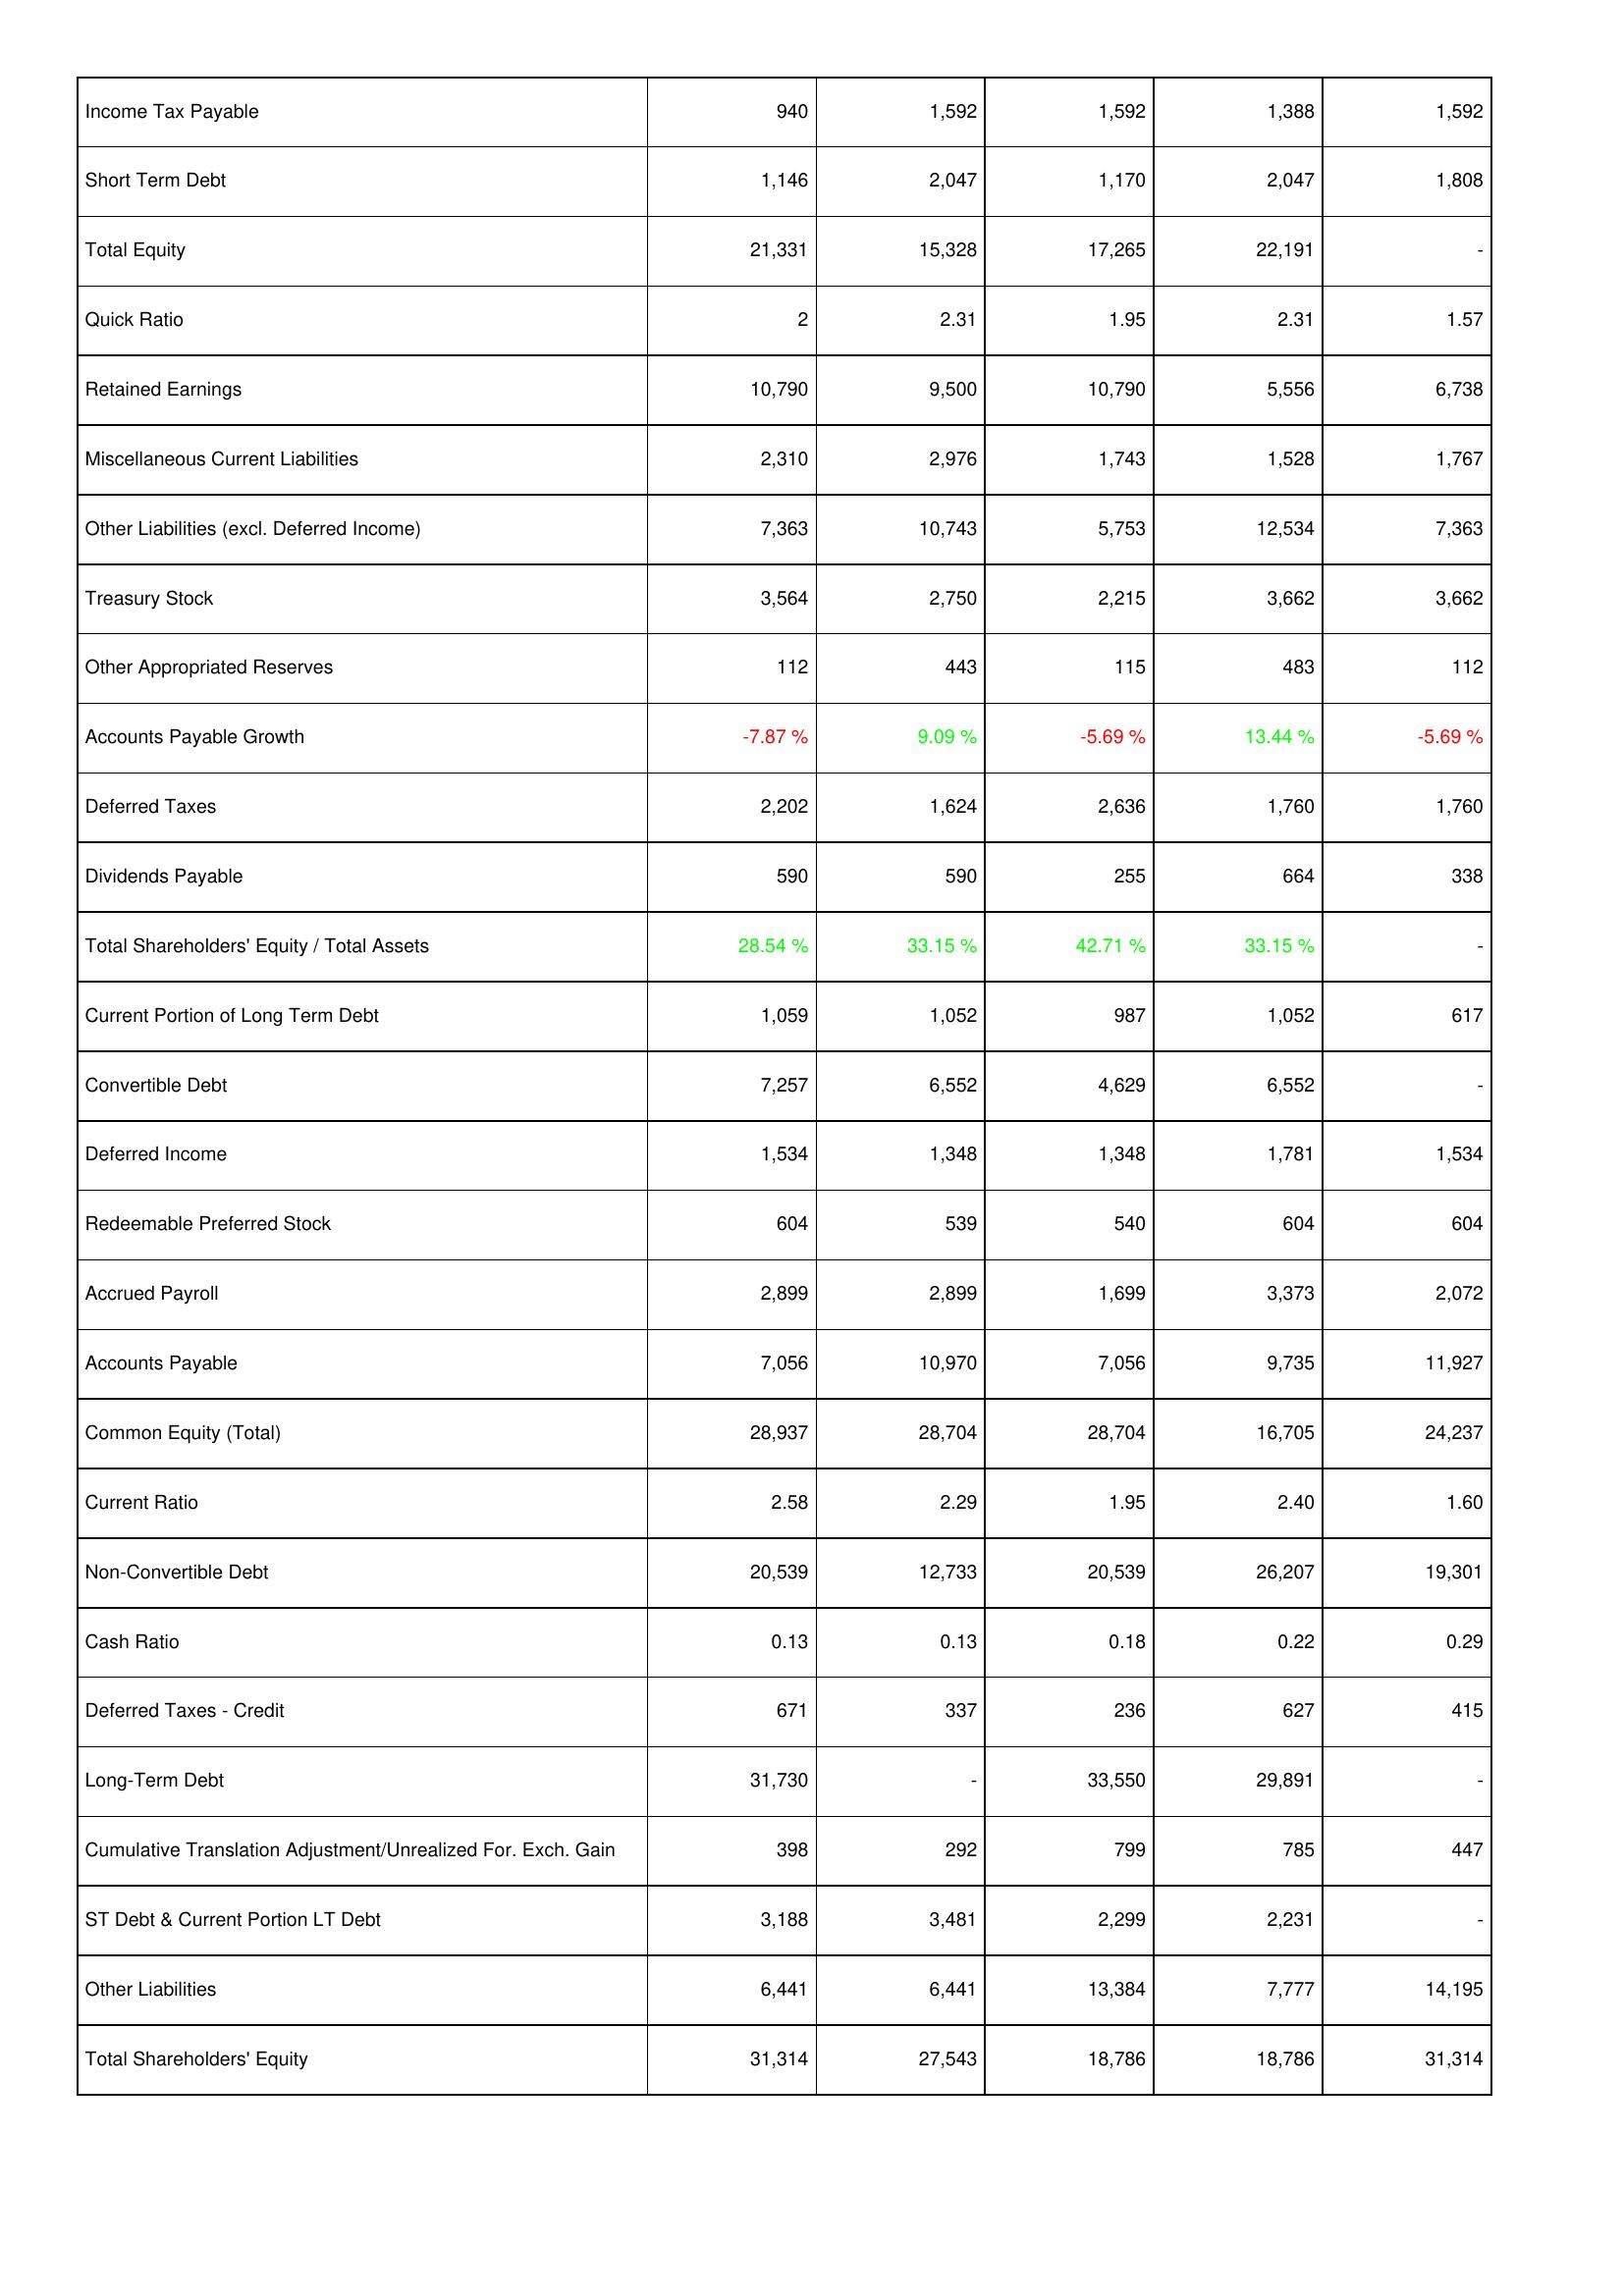
2016: Liabilities & Shareholders' Equity: Income Tax Payable: 940
Short Term Debt: 1,146
Total Equity: 21,331
Quick Ratio: 2
Retained Earnings: 10,790
Miscellaneous Current Liabilities: 2,310
Other Liabilities (excl. Deferred Income): 7,363
Treasury Stock: 3,564
Other Appropriated Reserves: 112
Accounts Payable Growth: -7.87 %
Deferred Taxes: 2,202
Dividends Payable: 590
Total Shareholders' Equity / Total Assets: 28.54 %
Current Portion of Long Term Debt: 1,059
Convertible Debt: 7,257
Deferred Income: 1,534
Redeemable Preferred Stock: 604
Accrued Payroll: 2,899
Accounts Payable: 7,056
Common Equity (Total): 28,937
Current Ratio: 2.58
Non-Convertible Debt: 20,539
Cash Ratio: 0.13
Deferred Taxes - Credit: 671
Long-Term Debt: 31,730
Cumulative Translation Adjustment/Unrealized For. Exch. Gain: 398
ST Debt & Current Portion LT Debt: 3,188
Other Liabilities: 6,441
Total Shareholders' Equity: 31,314
2015: Liabilities & Shareholders' Equity: Income Tax Payable: 1,592
Short Term Debt: 2,047
Total Equity: 15,328
Quick Ratio: 2.31
Retained Earnings: 9,500
Miscellaneous Current Liabilities: 2,976
Other Liabilities (excl. Deferred Income): 10,743
Treasury Stock: 2,750
Other Appropriated Reserves: 443
Accounts Payable Growth: 9.09 %
Deferred Taxes: 1,624
Dividends Payable: 590
Total Shareholders' Equity / Total Assets: 33.15 %
Current Portion of Long Term Debt: 1,052
Convertible Debt: 6,552
Deferred Income: 1,348
Redeemable Preferred Stock: 539
Accrued Payroll: 2,899
Accounts Payable: 10,970
Common Equity (Total): 28,704
Current Ratio: 2.29
Non-Convertible Debt: 12,733
Cash Ratio: 0.13
Deferred Taxes - Credit: 337
Long-Term Debt: -
Cumulative Translation Adjustment/Unrealized For. Exch. Gain: 292
ST Debt & Current Portion LT Debt: 3,481
Other Liabilities: 6,441
Total Shareholders' Equity: 27,543
2014: Liabilities & Shareholders' Equity: Income Tax Payable: 1,592
Short Term Debt: 1,170
Total Equity: 17,265
Quick Ratio: 1.95
Retained Earnings: 10,790
Miscellaneous Current Liabilities: 1,743
Other Liabilities (excl. Deferred Income): 5,753
Treasury Stock: 2,215
Other Appropriated Reserves: 115
Accounts Payable Growth: -5.69 %
Deferred Taxes: 2,636
Dividends Payable: 255
Total Shareholders' Equity / Total Assets: 42.71 %
Current Portion of Long Term Debt: 987
Convertible Debt: 4,629
Deferred Income: 1,348
Redeemable Preferred Stock: 540
Accrued Payroll: 1,699
Accounts Payable: 7,056
Common Equity (Total): 28,704
Current Ratio: 1.95
Non-Convertible Debt: 20,539
Cash Ratio: 0.18
Deferred Taxes - Credit: 236
Long-Term Debt: 33,550
Cumulative Translation Adjustment/Unrealized For. Exch. Gain: 799
ST Debt & Current Portion LT Debt: 2,299
Other Liabilities: 13,384
Total Shareholders' Equity: 18,786
2013: Liabilities & Shareholders' Equity: Income Tax Payable: 1,388
Short Term Debt: 2,047
Total Equity: 22,191
Quick Ratio: 2.31
Retained Earnings: 5,556
Miscellaneous Current Liabilities: 1,528
Other Liabilities (excl. Deferred Income): 12,534
Treasury Stock: 3,662
Other Appropriated Reserves: 483
Accounts Payable Growth: 13.44 %
Deferred Taxes: 1,760
Dividends Payable: 664
Total Shareholders' Equity / Total Assets: 33.15 %
Current Portion of Long Term Debt: 1,052
Convertible Debt: 6,552
Deferred Income: 1,781
Redeemable Preferred Stock: 604
Accrued Payroll: 3,373
Accounts Payable: 9,735
Common Equity (Total): 16,705
Current Ratio: 2.40
Non-Convertible Debt: 26,207
Cash Ratio: 0.22
Deferred Taxes - Credit: 627
Long-Term Debt: 29,891
Cumulative Translation Adjustment/Unrealized For. Exch. Gain: 785
ST Debt & Current Portion LT Debt: 2,231
Other Liabilities: 7,777
Total Shareholders' Equity: 18,786
2012: Liabilities & Shareholders' Equity: Income Tax Payable: 1,592
Short Term Debt: 1,808
Total Equity: -
Quick Ratio: 1.57
Retained Earnings: 6,738
Miscellaneous Current Liabilities: 1,767
Other Liabilities (excl. Deferred Income): 7,363
Treasury Stock: 3,662
Other Appropriated Reserves: 112
Accounts Payable Growth: -5.69 %
Deferred Taxes: 1,760
Dividends Payable: 338
Total Shareholders' Equity / Total Assets: -
Current Portion of Long Term Debt: 617
Convertible Debt: -
Deferred Income: 1,534
Redeemable Preferred Stock: 604
Accrued Payroll: 2,072
Accounts Payable: 11,927
Common Equity (Total): 24,237
Current Ratio: 1.60
Non-Convertible Debt: 19,301
Cash Ratio: 0.29
Deferred Taxes - Credit: 415
Long-Term Debt: -
Cumulative Translation Adjustment/Unrealized For. Exch. Gain: 447
ST Debt & Current Portion LT Debt: -
Other Liabilities: 14,195
Total Shareholders' Equity: 31,314